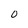
Character: 0